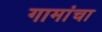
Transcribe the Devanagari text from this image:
गामांचा